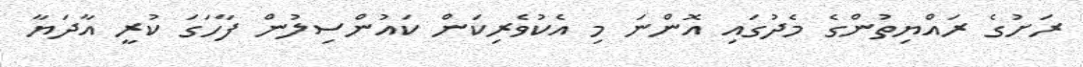
ރަށުގެ ރައްޔިތުންގެ މެދުގައި އޮންނަ މި އެކުވެރިކަން ކައުންސިލުން ފާހަގަ ކުރީ އާދަޔާ